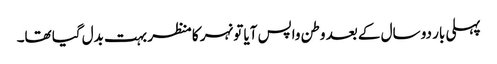
پہلی بار دو سال کے بعد وطن واپس آیا تو نہر کا منظر بہت بدل گیا تھا۔